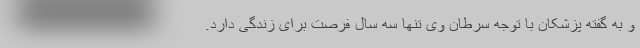
و به گفته پزشکان با توجه سرطان وی تنها سه سال فرصت برای زندگی دارد.